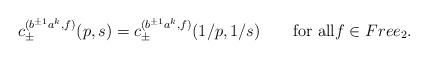
LaTeX: \begin{align*}c_{\pm}^{(b^{\pm1}a^k,f)}(p,s)=c_{\pm}^{(b^{\pm1}a^k,f)}(1/p,1/s)\qquad\textrm{for all}f\in Free_2.\end{align*}